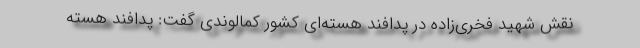
نقش شهید فخری‌زاده در پدافند هسته‌ای کشور کمالوندی گفت: پدافند هسته